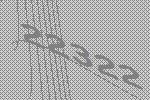
22322